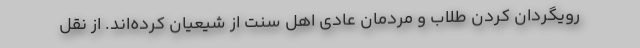
رویگردان کردن طلاب و مردمان عادی اهل سنت از شیعیان کرده‌اند. از نقل